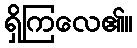
ရှိကြလေ၏။